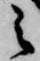
之